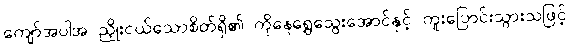
ကျော်အပါအ ညှိုးငယ်သောစိတ်ရှိ၏ ကိုနေရွှေသွေးအောင်နှင့် ကူးပြောင်းသွားသဖြင့်